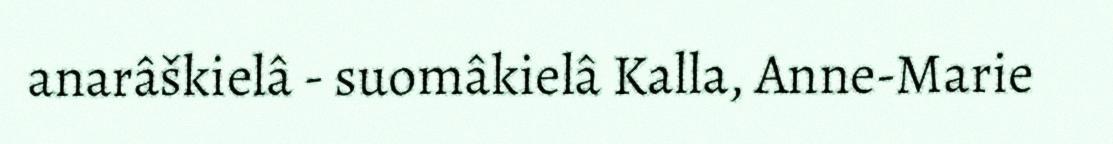
anarâškielâ - suomâkielâ Kalla, Anne-Marie